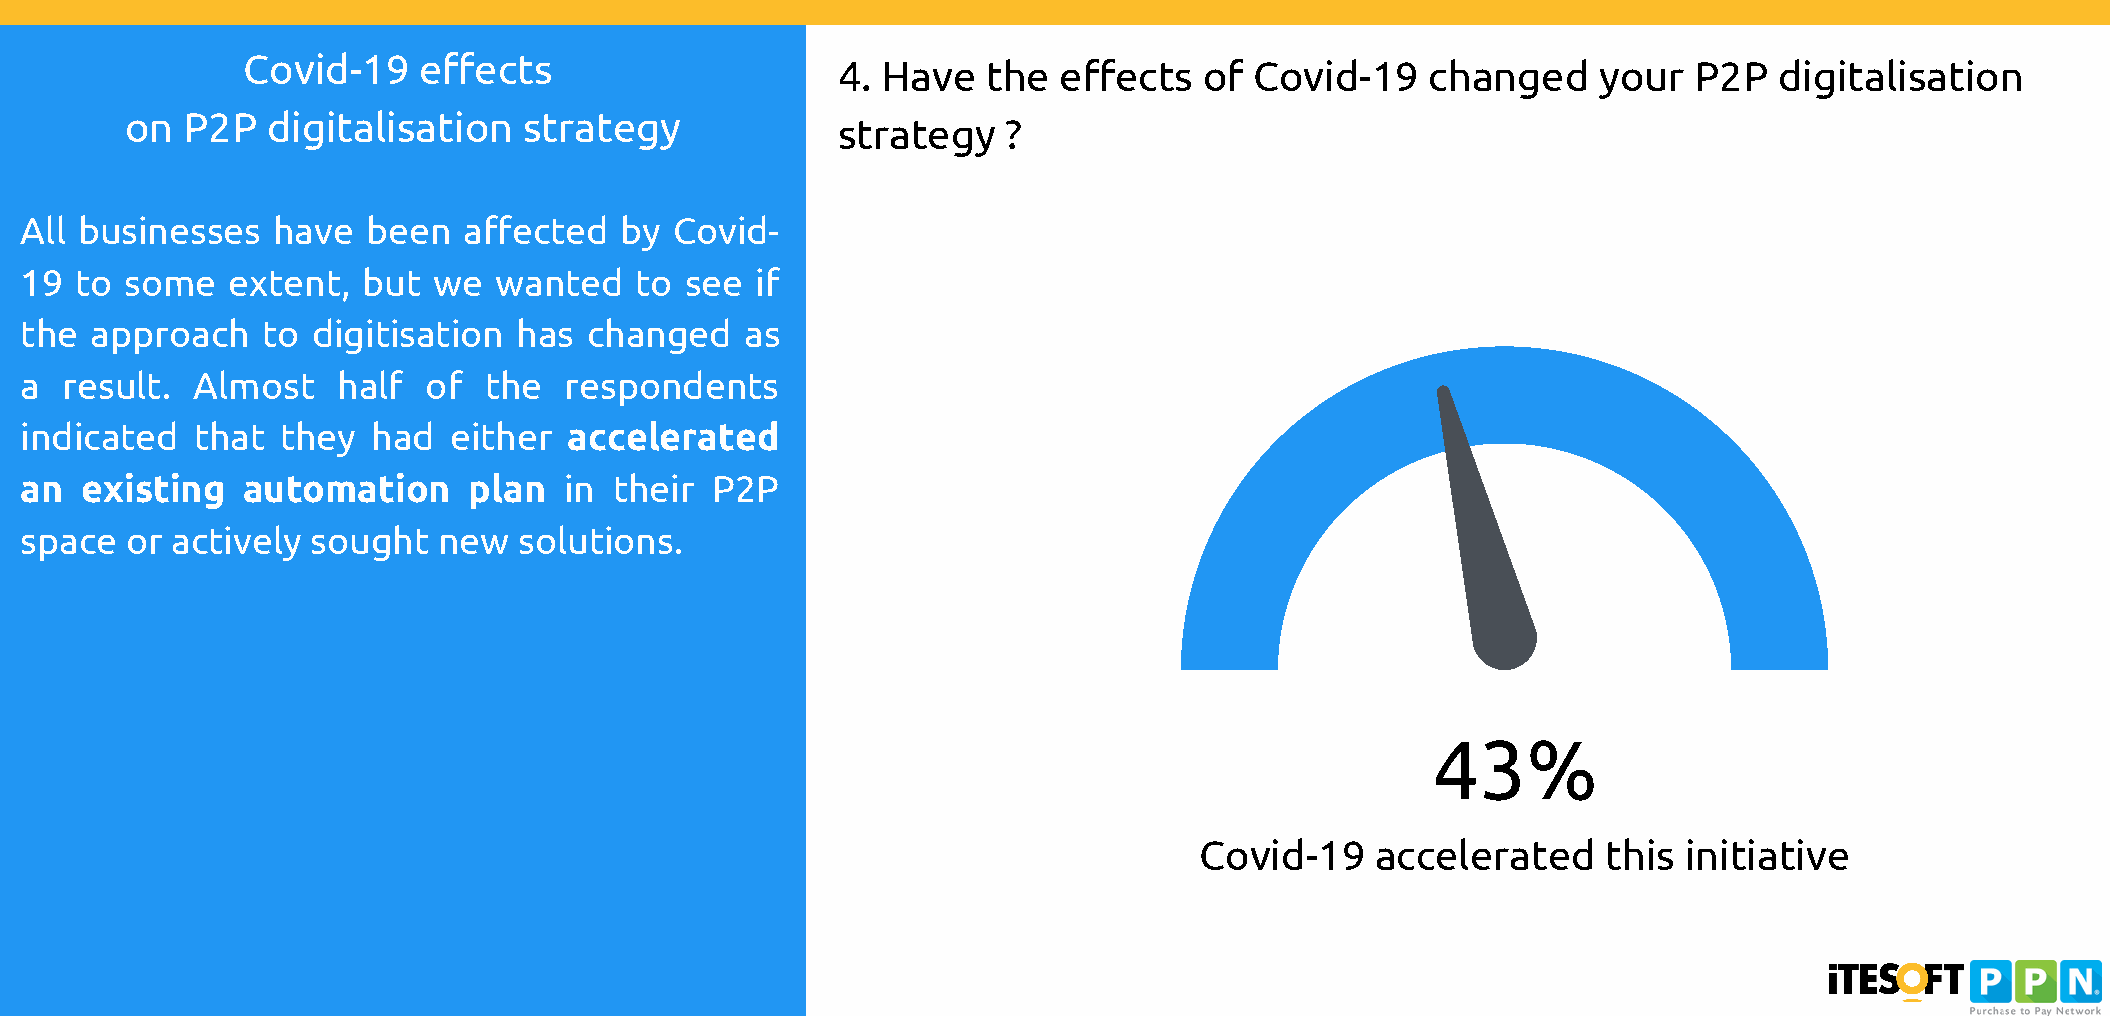
Covid-19    effects
 4. Have   the  effects   of Covid-19    changed    your  P2P   digitalisation
 on  P2P   digitalisation   strategy
 strategy    ?
 All businesses   have  been   affected  by  Covid-
 19  to some   extent,  but  we  wanted   to see  if
 the  approach   to  digitisation has  changed   as
 a  result.  Almost   half  of  the  respondents
 indicated   that  they  had  either  accelerated
 an  existing   automation     plan  in  their P2P
 space  or actively  sought  new  solutions.
 43%
 Covid-19    accelerated    this initiative